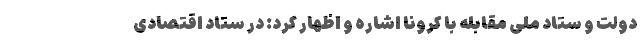
دولت و ستاد ملی مقابله با کرونا اشاره و اظهار کرد: در ستاد اقتصادی